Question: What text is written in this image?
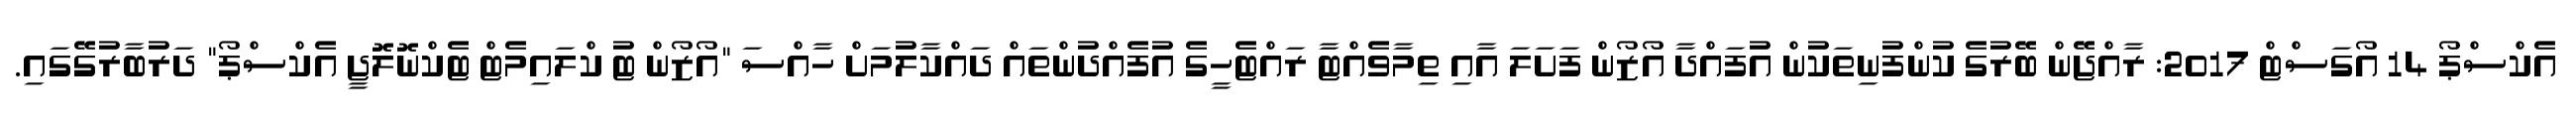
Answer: އެކްސްޕޯ 14 އޯގަސްޓް 2017: ރާއްޖޭން ބޭރުގެ ކުންފުނިތަކުން އުފައްދާ އޯޒޯން ފަށަލަ އާއި ތިމާވެއްޓާ ރައްޓެހީގެ އުފެއްދުންތައް ދައްކާލުމަށް ހާއްސަ "އޯޒޯން ޓު ކްލައިމެޓް ޓެކްނޮލޮޖީ އެކްސްޕޯ" ދަރުބާރުގޭގައި.